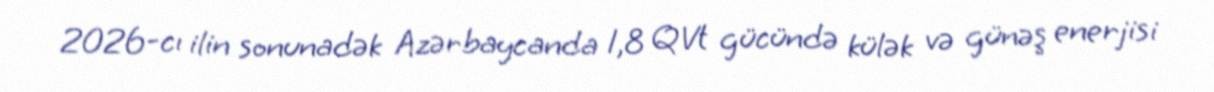
2026-cı ilin sonunadək Azərbaycanda 1,8 QVt gücündə külək və günəş enerjisi